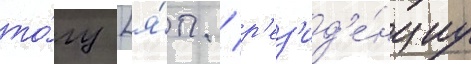
то́гу [я́п. / р'ез'ид'е́нциу